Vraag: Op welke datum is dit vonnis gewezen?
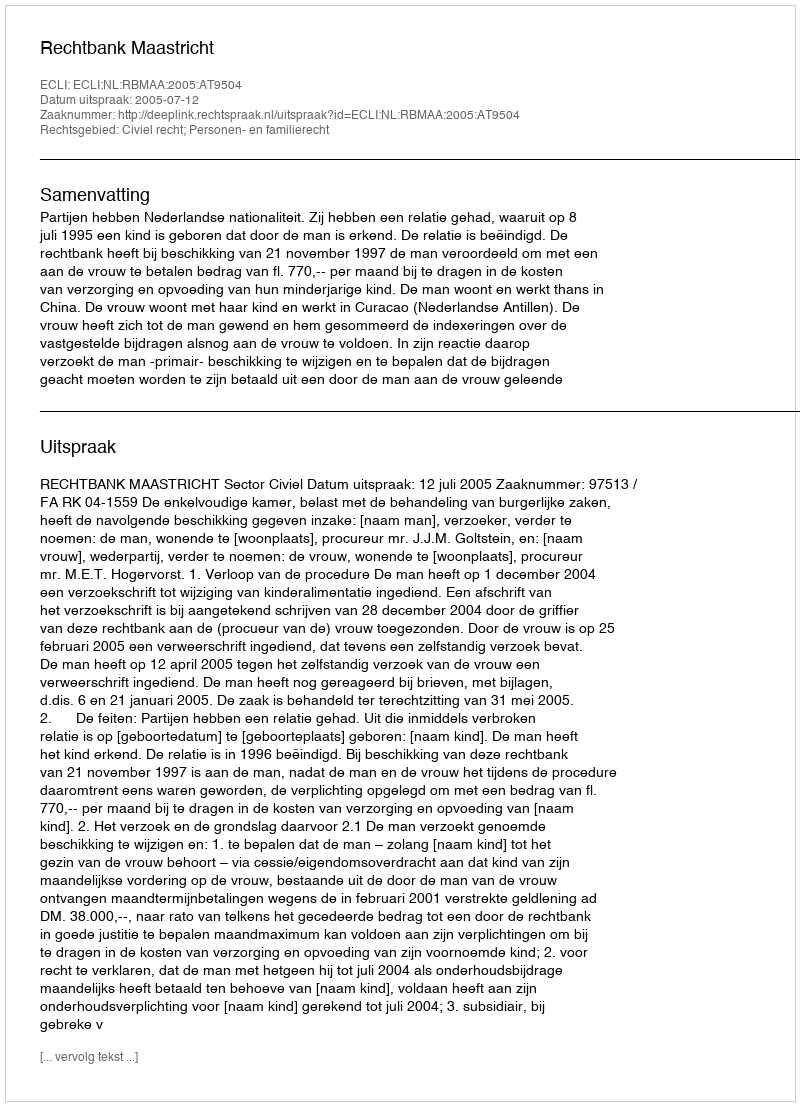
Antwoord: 2005-07-12